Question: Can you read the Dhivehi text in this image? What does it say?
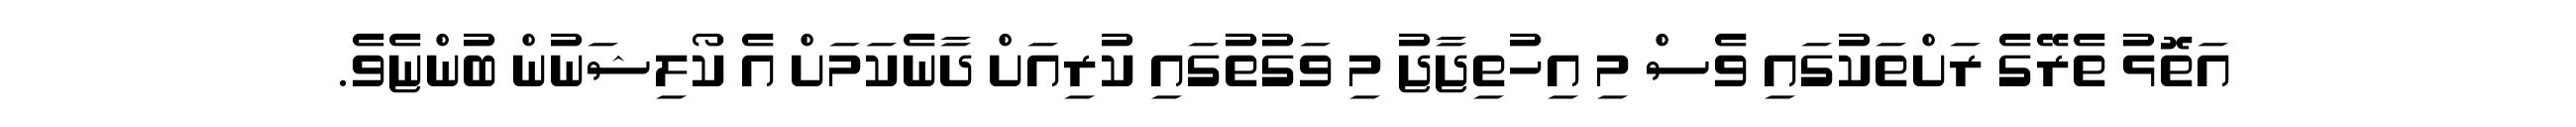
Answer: އަތޮޅު ތެރޭގެ ރަށްތަކުގައި ވެސް މި އިހުތިޖާޖު މި ވަގުތުގައި ކުރިއަށް ދާނެކަމަށް އެ ކޯލިޝަނުން ބުންޏެވެ.